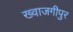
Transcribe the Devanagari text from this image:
ख्वाजगीपुर